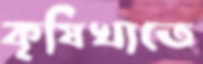
কৃষিখাতে